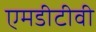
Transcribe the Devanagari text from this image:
एमडीटीवी